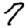
Digit: 7